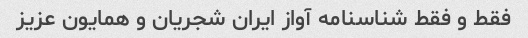
فقط و فقط شناسنامه آواز ایران شجریان و همایون عزیز